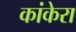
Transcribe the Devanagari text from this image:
कांकेरा